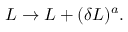
{ \cal L } \rightarrow { \cal L } + ( \delta { \cal L } ) ^ { a } .